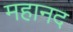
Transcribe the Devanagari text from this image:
महानद